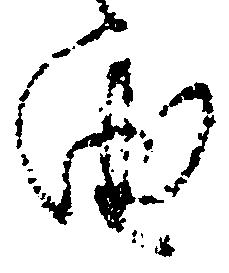
由